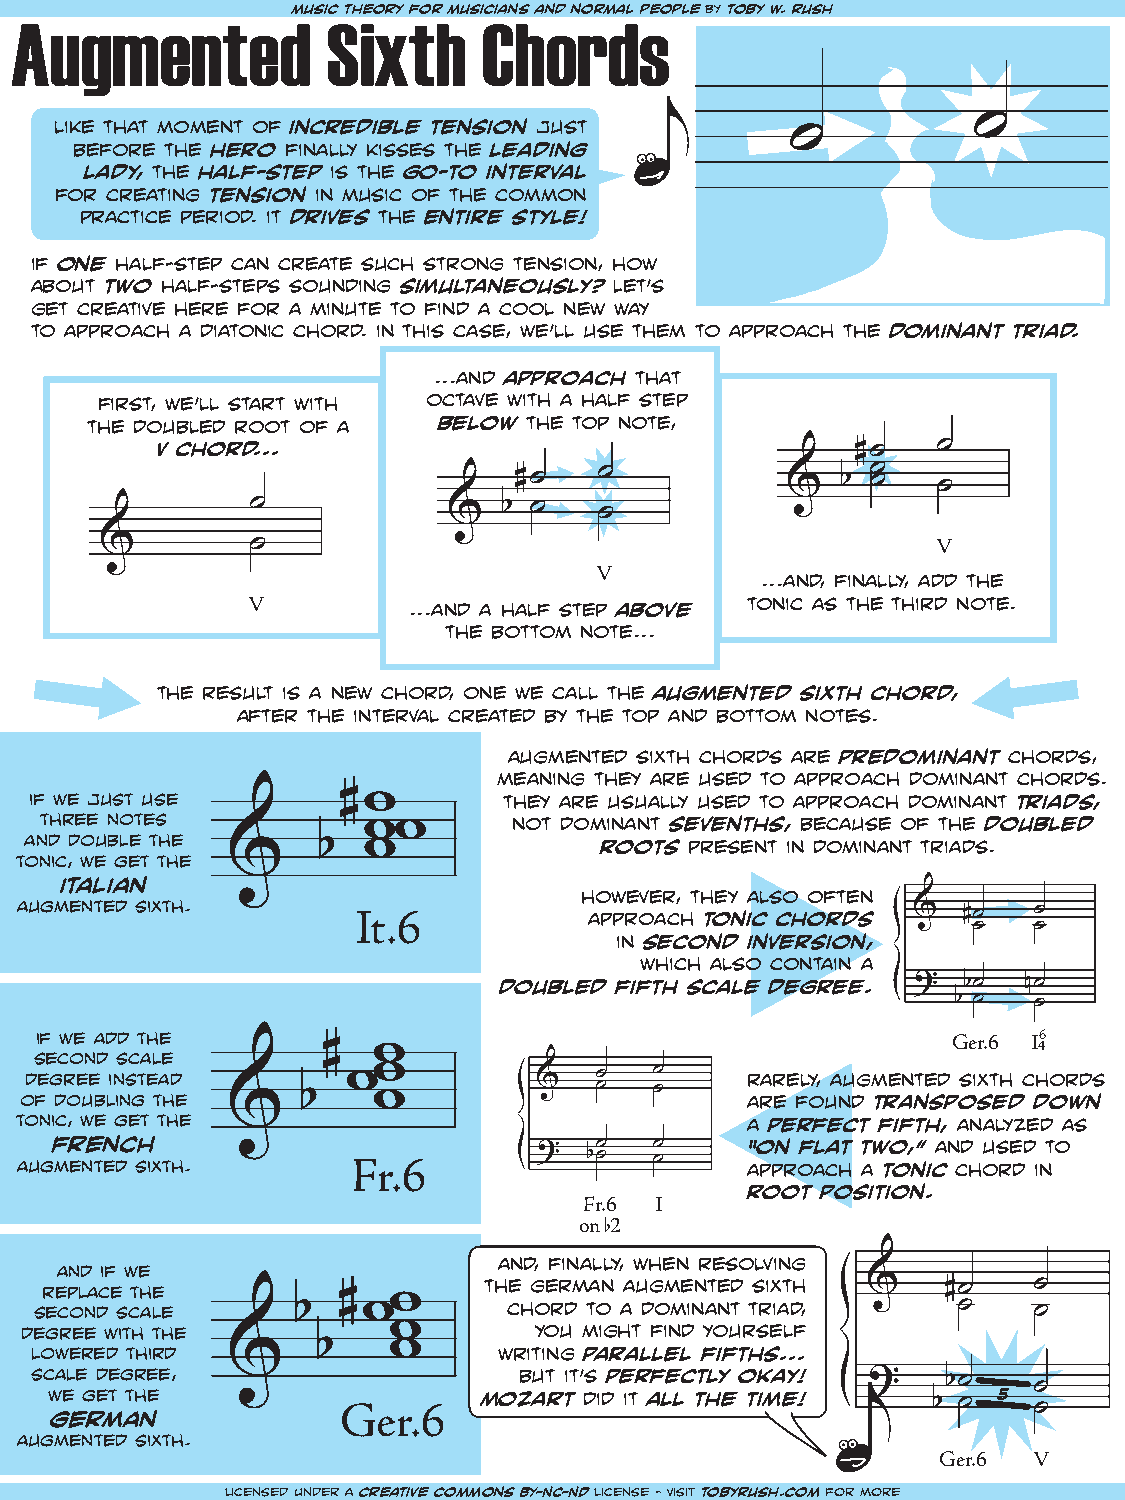
Augmentedmu         siSc thieoxry tforh mu siCcianhs anod nrormdal speople by toby w. rush
 like that moment of incredible tension just                 ˙
 ˙
 before the hero finally kisses the leading
 lady, the half-step is the go-to interval
 for creating tension in music of the common
 practice period. it drives the entire style!
 if one half-step can create such strong tension, how
 about two half-steps sounding simultaneously? Let’s
 get creative here for a minute to find a cool new way
 to approach a diatonic chord. in this case, we’ll use them to approach the dominant triad.
 ...and approach that
 first, we’ll start with octave with a half step
 the doubled root of a  below the top note,
 V chord...                                     #˙   ˙
 #˙    ˙           &   b ˙ ˙ ˙
 ˙            &  b ˙    ˙
 &         ˙                                            V
 V
 ...and, finally, add the
 V          ...and a half step above tonic as the third note.
 the bottom note...
 the result is a new chord, one we call the augmented sixth chord,
 after the interval created by the top and bottom notes.
 augmented sixth chords are predominant chords,
 meaning they are used to approach dominant chords.
 if we just use       # w       they are usually used to approach dominant triads,
 three notes                    not dominant sevenths, because of the doubled
 and double the        ww              roots present in dominant triads.
 b  w
 tonic, we get the &
 italian
 however, they also often
 augmented sixth.
 It.6           approach tonic chords &  #˙  ˙
 ˙   ˙
 in second inversion,
 which also contain a
 doubled fifth scale degree. ?  b˙  n˙
 b ˙  ˙
 if we add the                                                Ger.6 I6
 4
 second scale       #   w
 degree instead         w             ˙   ˙     rarely, augmented sixth chords
 of doubling the    b  w w          &  ˙   ˙     are found transposed down
 tonic, we get the &                             a perfect fifth, analyzed as
 french                           ?  ˙   ˙     “on flat two,” and used to
 augmented sixth.      Fr.6            b˙  ˙     approach a tonic chord in
 root position.
 Fr.6 I
 on 2
 b
 and, finally, when resolving
 and if we
 replace the                  the german augmented sixth &   #˙   ˙
 second scale      b # ww        chord to a dominant triad,   ˙    ˙
 degree with the          w        you might find yourself
 lowered third      b    w      writing parallel fifths...
 &
 sc wa el e g d ee t g tr he ee, mozbu at r tit ’ ds i dp e itr af le lc tt hly e o tk ima ey! ! ? b˙ 5 ˙
 german              Ger.6                                  b ˙   ˙
 augmented sixth.
 Ger.6 V
 licensed under a creative commons BY-NC-ND license - visit tobyrush.com for more